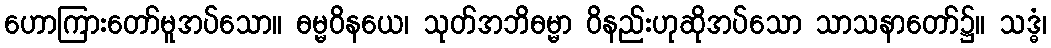
ဟောကြားတော်မူအပ်သော။ ဓမ္မဝိနယေ၊ သုတ်အဘိဓမ္မာ ဝိနည်းဟုဆိုအပ်သော သာသနာတော်၌။ သဒ္ဓံ၊